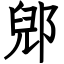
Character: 郳